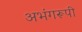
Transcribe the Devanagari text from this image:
अभंगरूपी